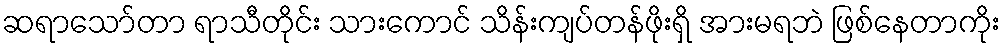
ဆရာသော်တာ ရာသီတိုင်း သားကောင် သိန်းကျပ်တန်ဖိုးရှိ အားမရဘဲ ဖြစ်နေတာကိုး